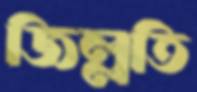
জিল্লতি